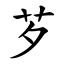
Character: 芕